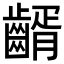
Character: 𪙀